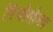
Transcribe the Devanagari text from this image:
विंचीसोबत